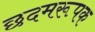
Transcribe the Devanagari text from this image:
छदमरूपक